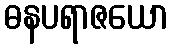
ဓနပရာဇယော